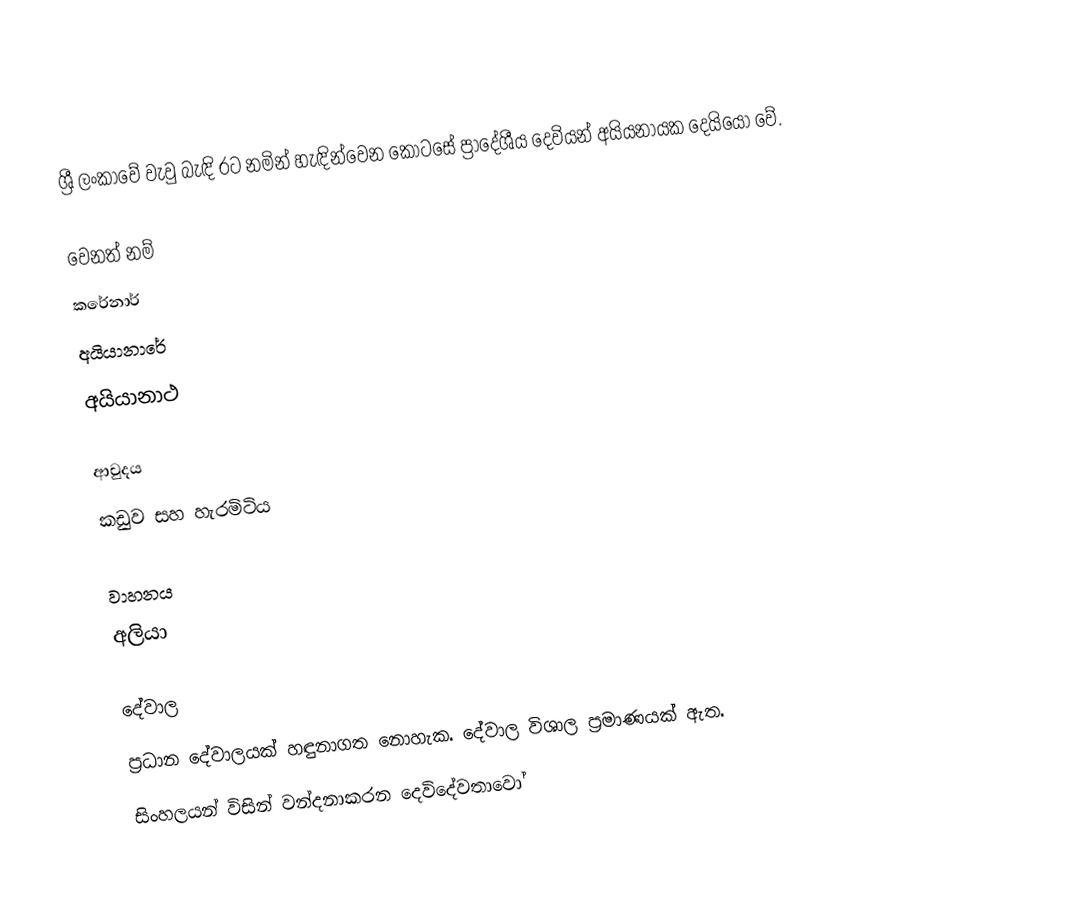
ශ්‍රී ලංකාවේ වැවු බැඳි රට නමින් හැඳින්වෙන කොටසේ ප්‍රාදේශීය දෙවියන් අයියනායක දෙයියෝ වේ.

වෙනත් නම්
 කරේනාර්
 අයියානාරේ
 අයියානාථ

ආවුදය
කඩුව සහ හැරමිටිය

වාහනය
අලියා

දේවාල
ප්‍රධාන දේවාලයක් හඳුනාගත නොහැක. දේවාල විශාල ප්‍රමාණයක් ඇත.
සිංහලයන් විසින් වන්දනාකරන දෙවිදේවතාවෝ